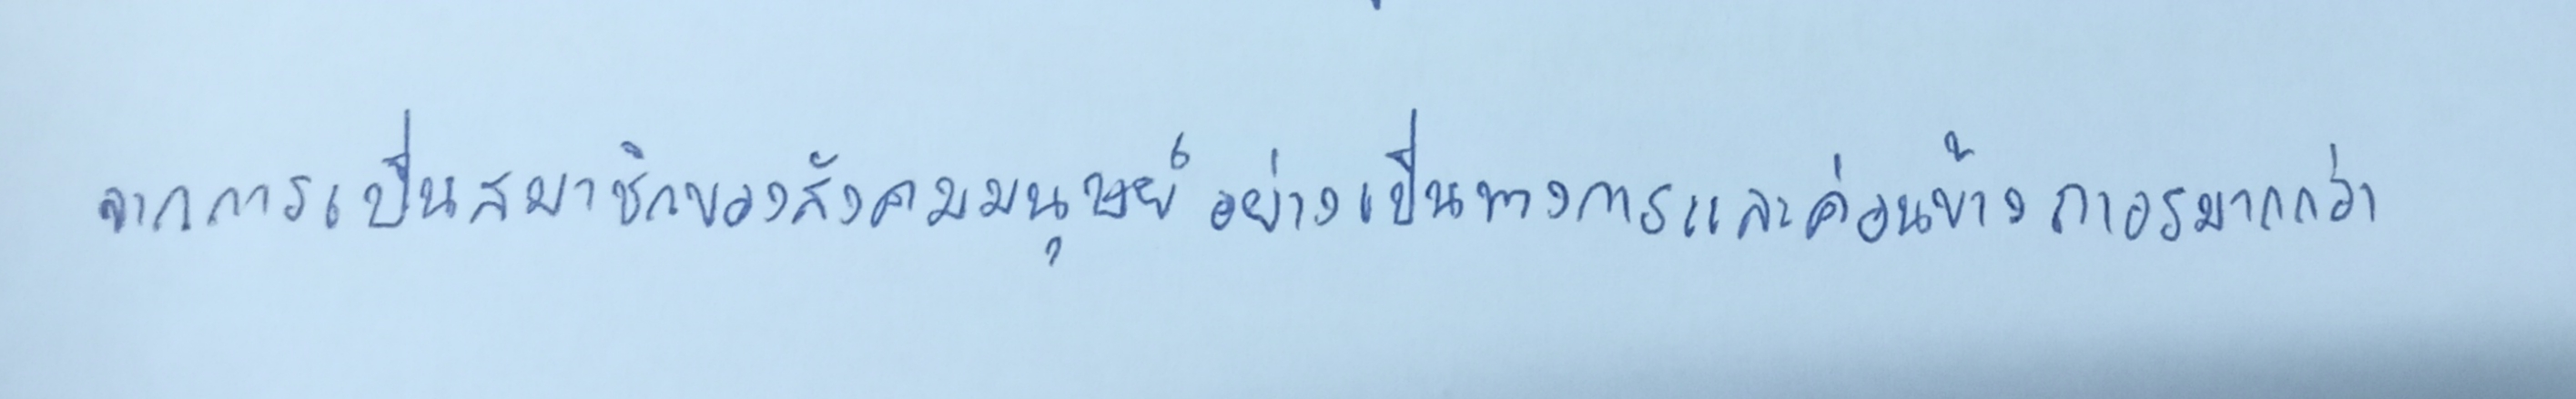
จากการเป็นสมาชิกของสังคมมนุษย์อย่างเป็นทางการและค่อนข้างถาวรมากกว่า